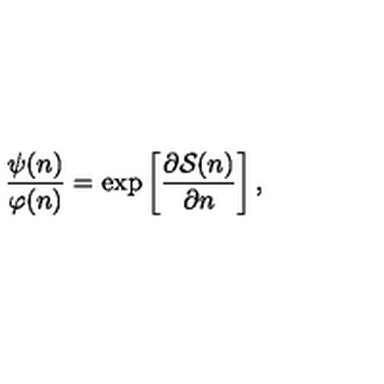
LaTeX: \frac { \psi ( n ) } { \varphi ( n ) } = \exp \left[ \frac { \partial { \cal S } ( n ) } { \partial n } \right] ,